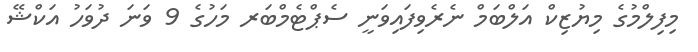
މިފިލްމުގެ މިޔުޒިކް އަލްބަމް ނެރެވިފައިވަނީ ސެޕްޓެމްބަރ މަހުގެ 9 ވަނަ ދުވަހު އަކްޝޭ